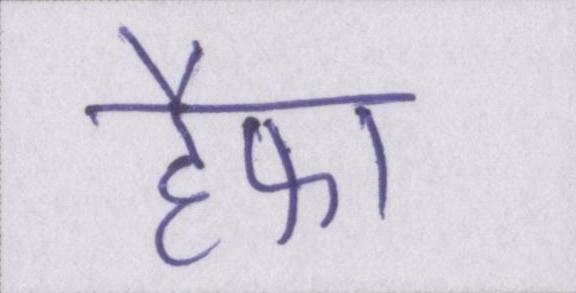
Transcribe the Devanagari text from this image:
हैफा